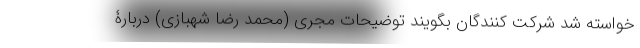
خواسته شد شرکت کنندگان بگویند توضیحات مجری (محمد رضا شهبازی) دربارۀ